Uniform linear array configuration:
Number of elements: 24
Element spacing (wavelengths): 0.5
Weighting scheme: kaiser
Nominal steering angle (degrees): -30
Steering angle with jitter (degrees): -29.945
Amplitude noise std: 0.05
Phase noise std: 0.05

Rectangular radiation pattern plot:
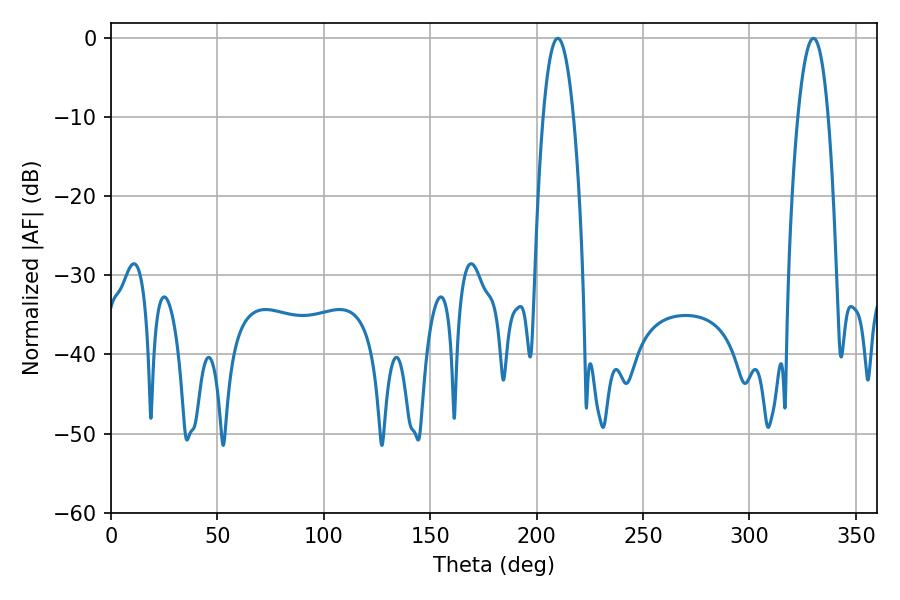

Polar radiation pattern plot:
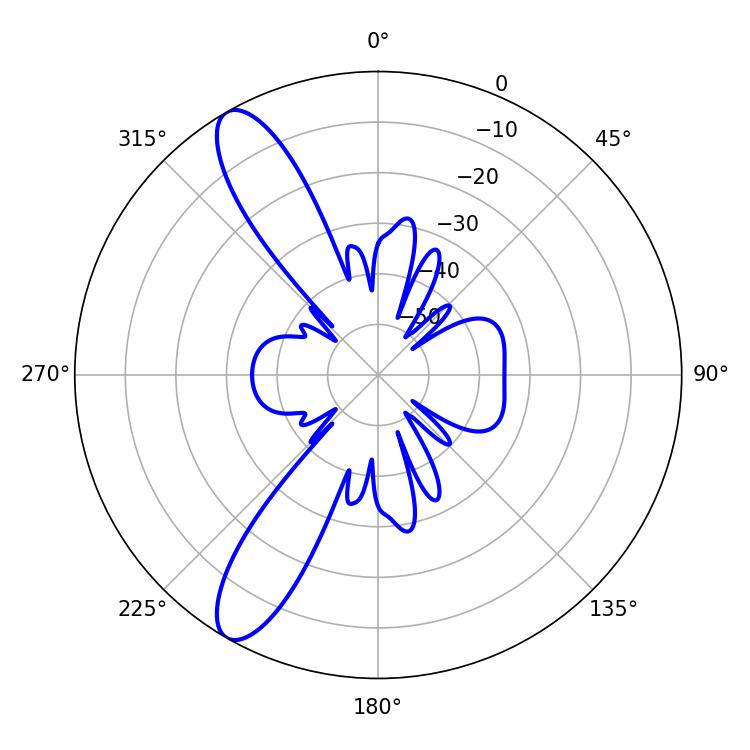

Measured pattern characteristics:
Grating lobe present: FALSE
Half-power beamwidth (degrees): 7.92
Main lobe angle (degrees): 209.88